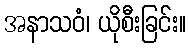
အနာသဝံ၊ ယိုစီးခြင်း။